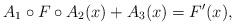
\begin{align*}A_1 \circ F \circ A_2(x) + A_3(x) = F'(x),\end{align*}